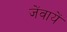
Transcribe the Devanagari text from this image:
जेंवायें